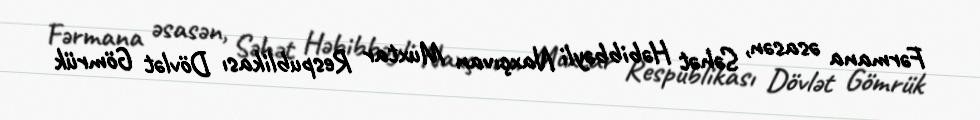
Fərmana əsasən, Səhət Həbibbəyli Naxçıvan Muxtar Respublikası Dövlət Gömrük